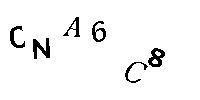
CNA6C8